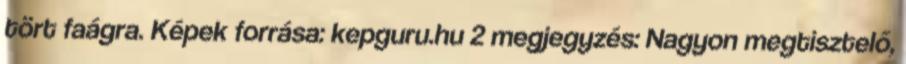
tört faágra. Képek forrása: kepguru.hu 2 megjegyzés: Nagyon megtisztelő,